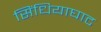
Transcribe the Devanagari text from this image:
सिंधियाघाट